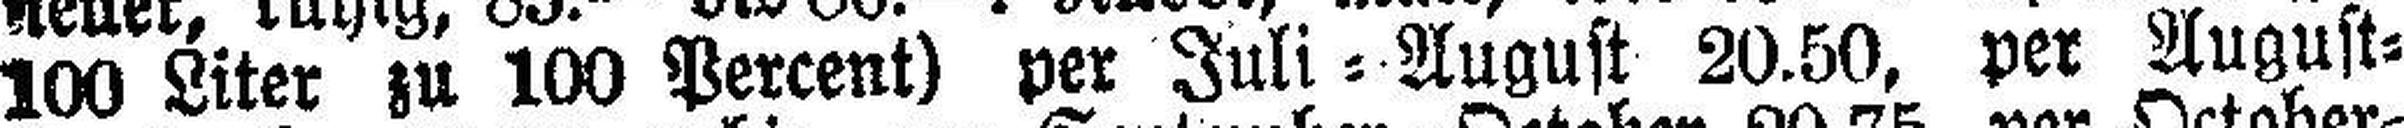
100 Liter zu 100 Percent) per Juli=August 20.50, per August=